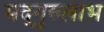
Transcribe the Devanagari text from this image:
सद्‌गुरुलाभ